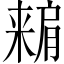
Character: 𣘾